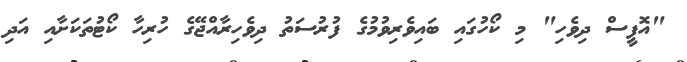
"އޮފީސް ދިވެހި" މި ކޯހުގައި ބައިވެރިވުމުގެ ފުރުސަތު ދިވެހިރާއްޖޭގެ ހުރިހާ ކޯޓުތަކަށާއި އަދި